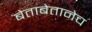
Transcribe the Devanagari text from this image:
बेताबेतानेच